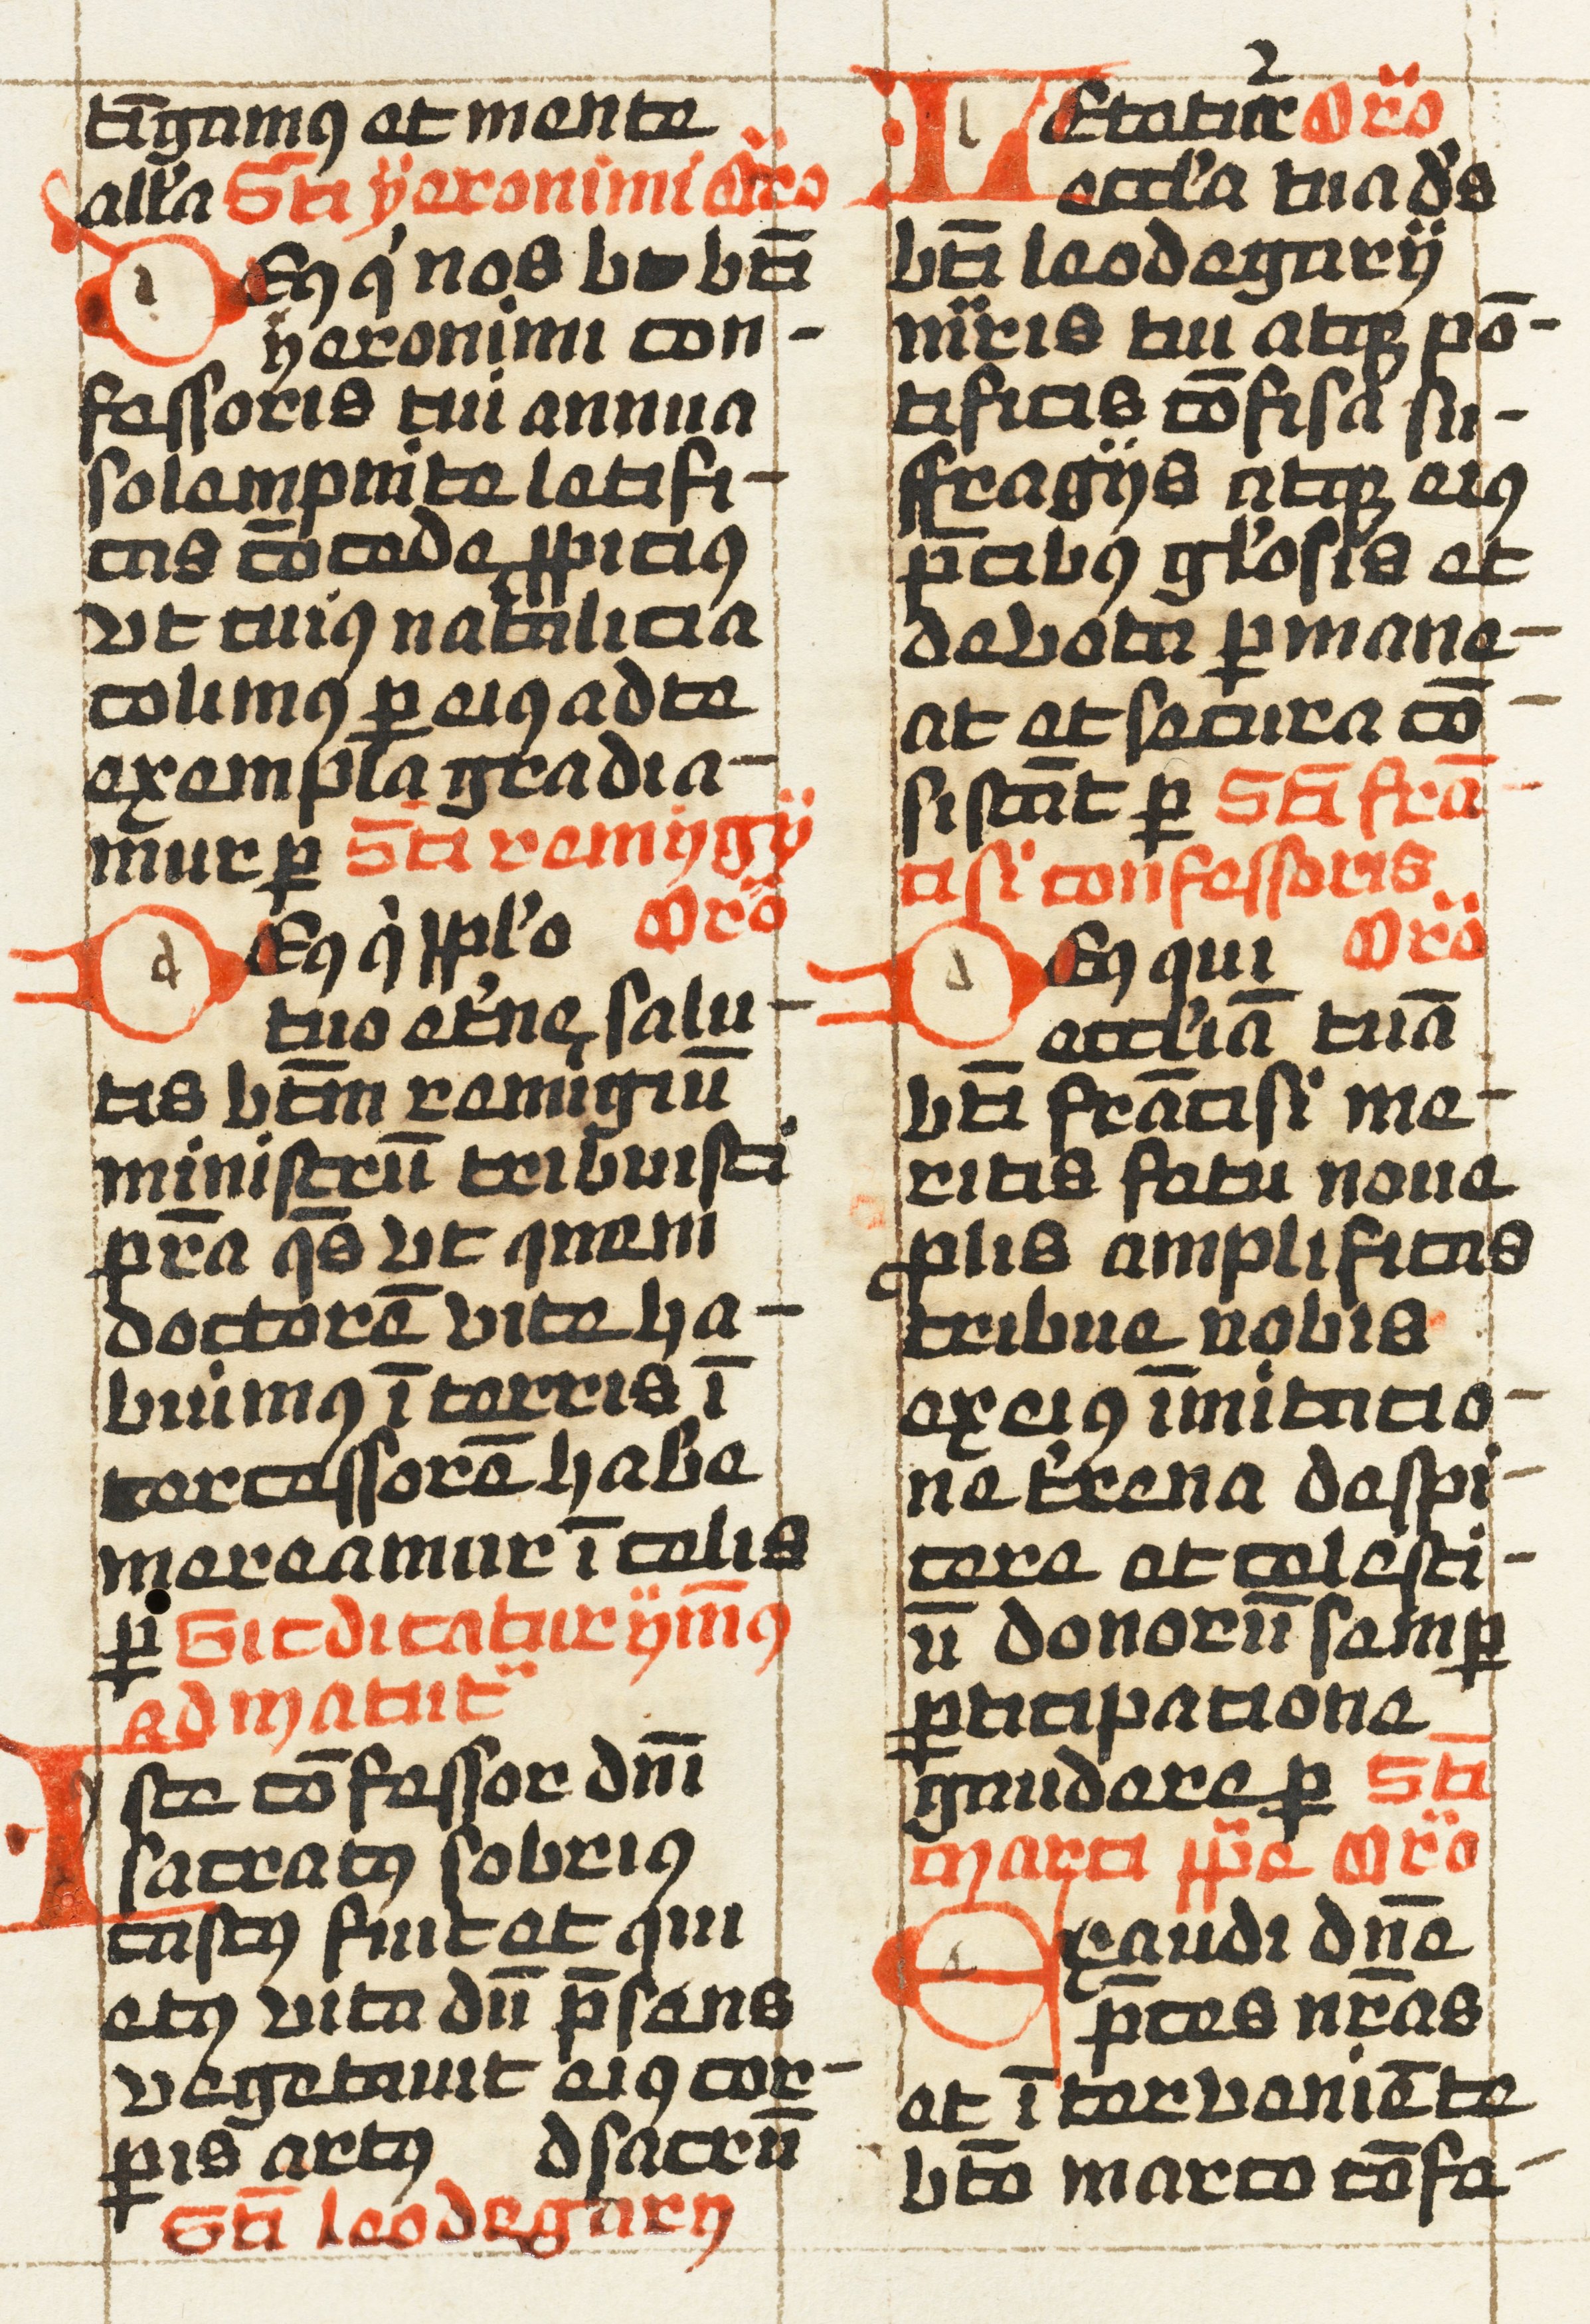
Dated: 1457–1498